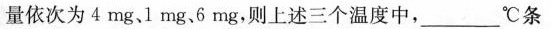
量依次为4mg、1mg、6mg，则上述三个温度中，__________℃条